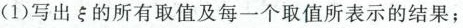
(1)写出\xi 的所有取值及每一个取值所表示的结果；